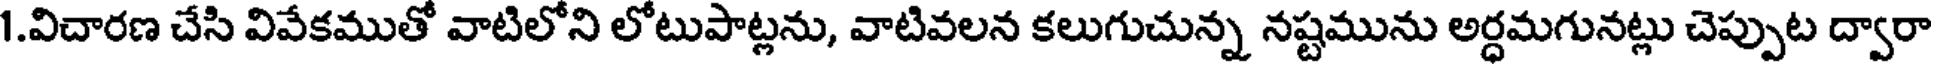
1.విచారణ చేసి వివేకముతో వాటిలోని లోటుపాట్లను, వాటివలన కలుగుచున్న నష్టమును అర్ధమగునట్లు చెప్పుట ద్వారా